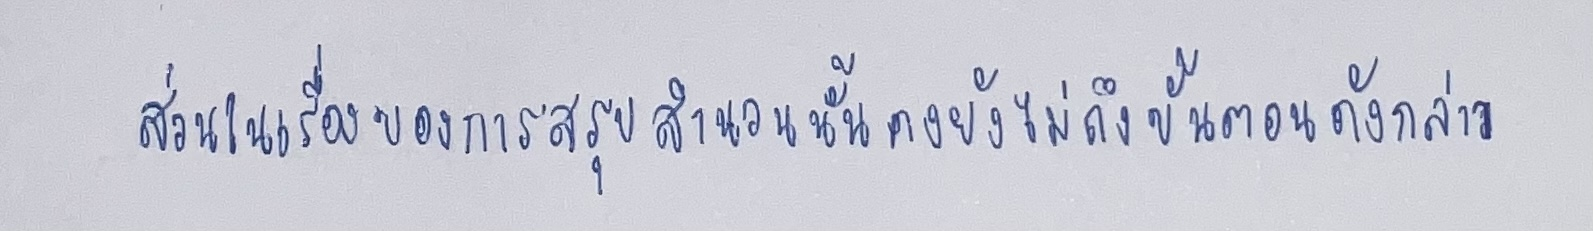
ส่วนในเรื่องของการสรุปสำนวนนั้นคงยังไม่ถึงขั้นตอนดังกล่าว